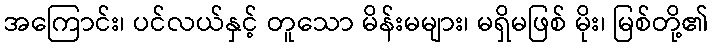
အကြောင်း၊ ပင်လယ်နှင့် တူသော မိန်းမများ၊ မရှိမဖြစ် မိုး၊ မြစ်တို့၏